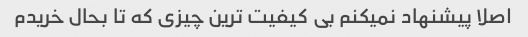
اصلا پیشنهاد نمیکنم‌ بی کیفیت ترین چیزی که تا بحال خریدم